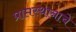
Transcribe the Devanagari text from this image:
प्राप्तस्थानाचे